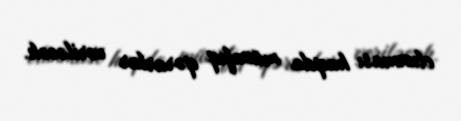
olunması haqda müvafiq qərarlar veriləcək.